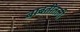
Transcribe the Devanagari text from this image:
बाबतीतली